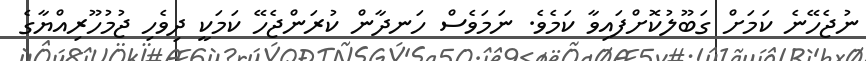
ނުޖެހޭނެ ކަމަށް ގަބޫލުކޮށްފައިވާ ކަމެވެ. ނަމަވެސް ހަނދާން ކުރަންޖެހޭ ކަމަކީ ދިވެހި ޖުމުހޫރިއްޔާގެ